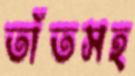
তাঁতসহ